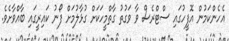
އެހެންކަމުން އޮފީހުގައި ސްޓްރެސް ވާ ވަގުތު ގާތްމީހަކަށް ގުޅާލުމަށް ފޯނު ކައިރީގައި ބާއްވާށެވެ.